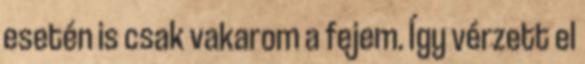
esetén is csak vakarom a fejem. Így vérzett el